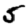
Digit: 5